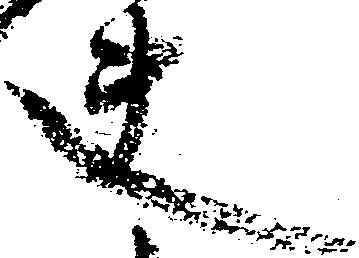
夫